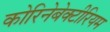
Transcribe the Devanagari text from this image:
कोरिनेबेक्टीरियम